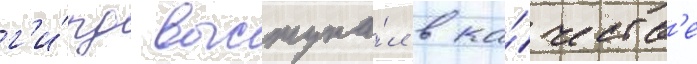
г'и́рд выступа́л в ка́честв'е